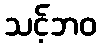
သင့်ဘဝ